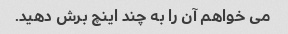
می خواهم آن را به چند اینچ برش دهید.